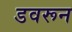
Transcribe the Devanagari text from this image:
डवरून